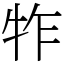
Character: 㸲